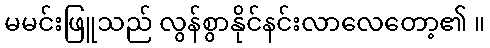
မမင်းဖြူသည် လွန်စွာနိုင်နင်းလာလေတော့၏ ။